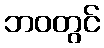
ဘဝတွင်